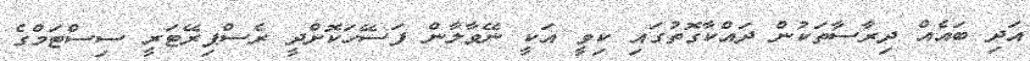
އަދި ބައެއް ދިރާސާތަކުން ދައްކާގޮތުގައި ކިވީ އަކީ ނޭވާލާން ފަސޭހަކޮށްދީ ރެސްޕިރޭޓަރީ ސިސްޓަމްގެ